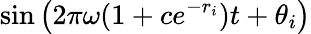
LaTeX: \sin\left(2\pi\omega(1+ce^{-r_{i}})t+\theta_{i}\right)